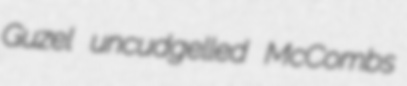
Guzel uncudgelled McCombs